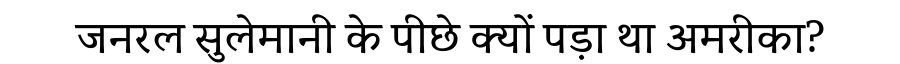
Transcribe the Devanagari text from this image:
जनरल सुलेमानी के पीछे क्यों पड़ा था अमरीका?